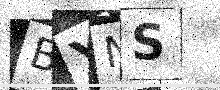
Text: BYNS